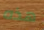
هذه